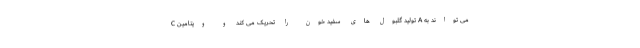
C تولید گلبول های سفید خون را تحریک می کند و ویتامین A می تواند به